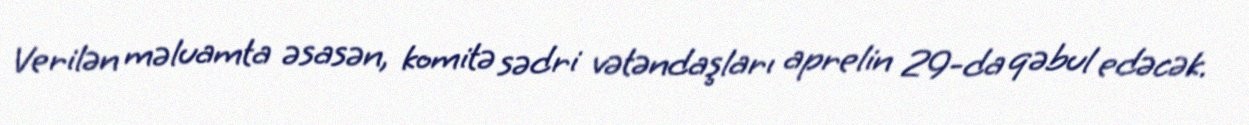
Verilən məluamta əsasən, komitə sədri vətəndaşları aprelin 29-da qəbul edəcək.